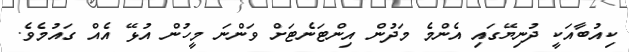
ކިއުބާއަކީ ދުނިޔޭގައި އެންމެ މަދުން އިންޓަނެޓަށް ވަންނަ މީހުން އުޅޭ އެއް ގައުމެވެ.